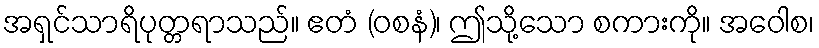
အရှင်သာရိပုတ္တရာသည်။ ဧတံ (ဝစနံ)၊ ဤသို့သော စကားကို။ အဝေါစ၊